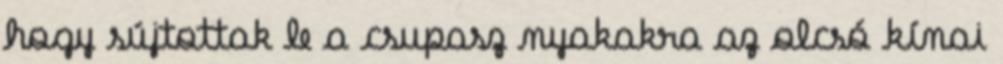
hogy sújtottak le a csupasz nyakakra az olcsó kínai